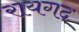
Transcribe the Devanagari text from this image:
रायगद